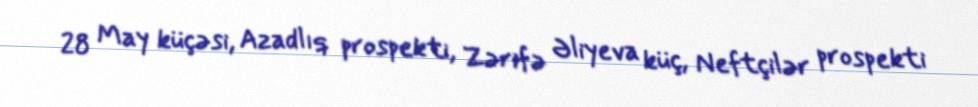
28 May küçəsi, Azadlıq prospekti, Zərifə Əliyeva küç, Neftçilər prospekti